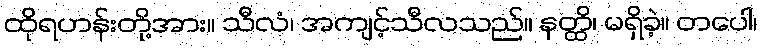
ထိုရဟန်းတို့အား။ သီလံ၊ အကျင့်သီလသည်။ နတ္ထိ၊ မရှိခဲ့။ တပေါ၊